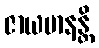
ဇာယမာနန္တိ